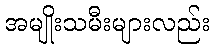
အမျိုးသမီးများလည်း